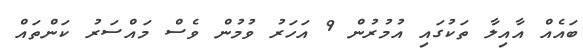
ބައެއް އާއިލާ ތަކުގައި އުމުރުން 9 އަހަރު ވުމުން ވެސް މައްސަރު ކަންތައް